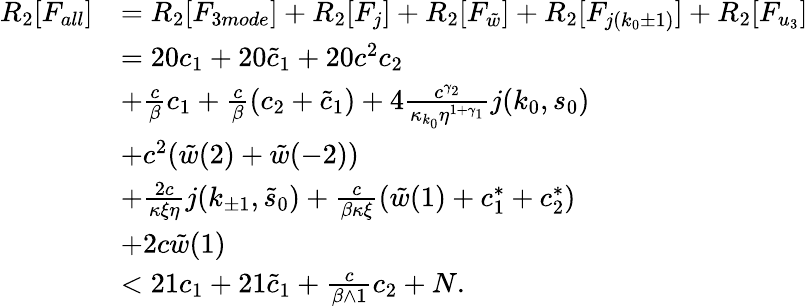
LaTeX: \begin{array}{rl}{R_{2}[F_{all}]}&{=R_{2}[F_{3mode}]+R_{2}[F_{j}]+R_{2}[F_{\tilde{w}}]+R_{2}[F_{j(k_{0}\pm 1)}]+R_{2}[F_{u_{3}}]}\\ &{=20c_{1}+20\tilde{c}_{1}+20c^{2}c_{2}}\\ &{+\frac c\beta c_{1}+\frac c\beta(c_{2}+\tilde{c}_{1})+4\frac{c^{\gamma_{2}}}{\kappa_{k_{0}}\eta^{1+\gamma_{1}}}j(k_{0},s_{0})}\\ &{+c^{2}(\tilde{w}(2)+\tilde{w}(-2))}\\ &{+\frac{2c}{\kappa\xi\eta}j(k_{\pm 1},\tilde{s}_{0})+\frac c{\beta\kappa\xi}(\tilde{w}(1)+c_{1}^{\ast}+c_{2}^{\ast})}\\ &{+2c\tilde{w}(1)}\\ &{<21c_{1}+21\tilde{c}_{1}+\frac c{\beta\wedge 1}c_{2}+N.}\end{array}